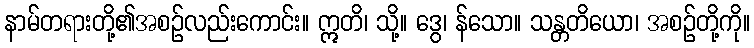
နာမ်တရားတို့၏အစဉ်လည်းကောင်း။ ဣတိ၊ သို့။ ဒွေ၊ န်သော။ သန္တတိယော၊ အစဉ်တို့ကို။